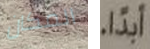
المكان ابداً